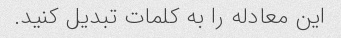
این معادله را به کلمات تبدیل کنید.